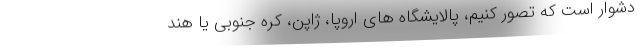
دشوار است که تصور کنیم، پالایشگاه های اروپا، ژاپن، کره جنوبی یا هند